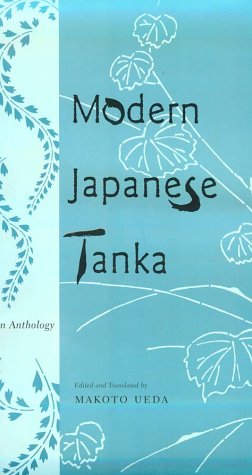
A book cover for Modern Japanese Tanka; Literature & Fiction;